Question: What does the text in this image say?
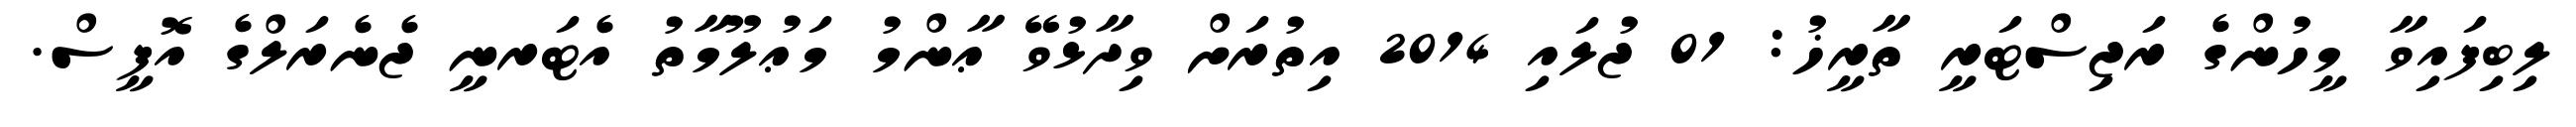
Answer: ލިބިފައިވާ މީހުންގެ ރަޖިސްޓަރީ ތާރީޚު: 01 ޖުލައި 2014 އިތުރަށް ވިދާޅުވޭ ޢާންމު މަޢުލޫމާތު އެޓަރނީ ޖެނެރަލްގެ އޮފީސް.